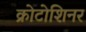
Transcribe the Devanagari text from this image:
क्रोटोशिनर